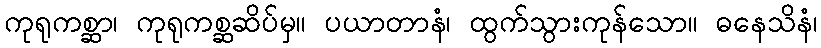
ကုရုကစ္ဆာ၊ ကုရုကစ္ဆဆိပ်မှ။ ပယာတာနံ၊ ထွက်သွားကုန်သော။ ဓနေသိနံ၊